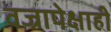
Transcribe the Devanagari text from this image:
वज्रापेक्षाही